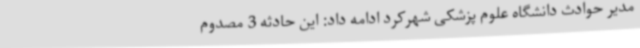
مدیر حوادث دانشگاه علوم پزشکی شهرکرد ادامه داد: این حادثه 3 مصدوم